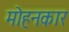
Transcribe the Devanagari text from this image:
मोहनकार